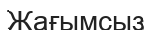
Жағымсыз